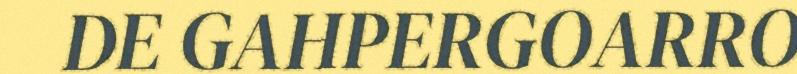
DE GAHPERGOARRO